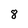
Character: 8